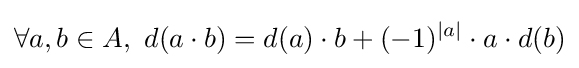
\forall a,b\in A,\ d(a\cdot b)=d(a)\cdot b+(-1)^{|a|}\cdot a\cdot d(b)